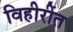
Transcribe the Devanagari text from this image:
विहीरींत